Report of the Hyderabad Chloroform Commission
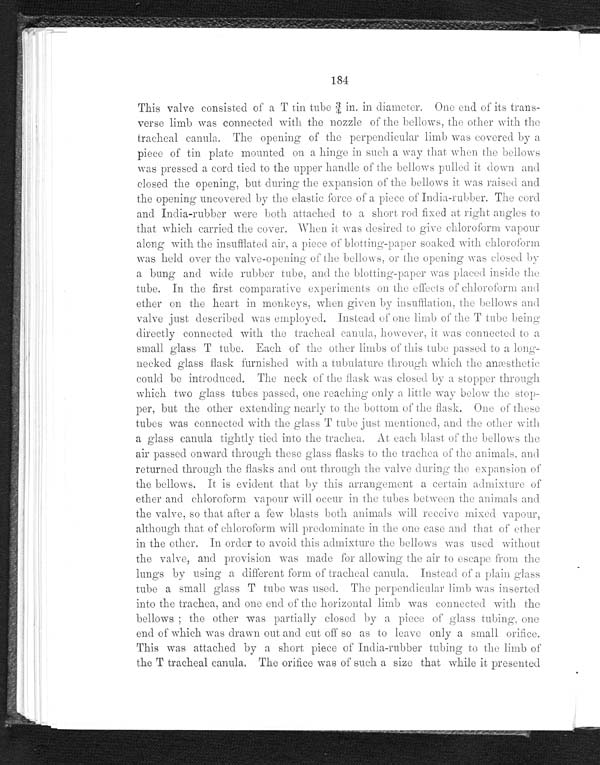
184
This valve consisted of a T tin tube ¾ in. in diameter. One end of its trans-
verse limb was connected with the nozzle of the bellows, the other with the
tracheal canula. The opening of the perpendicular limb was covered by a
piece of tin plate mounted on a hinge in such a way that when the bellows
was pressed a cord tied to the upper handle of the bellows pulled it down and
closed the opening, but during the expansion of the bellows it was raised and
the opening uncovered by the elastic force of a piece of India-rubber. The cord
and India-rubber were both attached to a short rod fixed at right angles to
that which carried the cover. When it was desired to give chloroform vapour
along with the insufflated air, a piece of blotting-paper soaked with chloroform
was held over the valve-opening of the bellows, or the opening was closed by
a bung and wide rubber tube, and the blotting-paper was placed inside the
tube. In the first comparative experiments on the effects of chloroform and
ether on the heart in monkeys, when given by insufflation, the bellows and
valve just described was employed. Instead of one limb of the T tube being
directly connected with the tracheal canula, however, it was connected to a
small glass T tube. Each of the other limbs of this tube passed to a long-
necked glass flask furnished with a tubulature through which the an æ sthetic
could be introduced. The neck of the flask was closed by a stopper through
which two glass tubes passed, one reaching only a little way below the stop-
per, but the other extending nearly to the bottom of the flask. One of these
tubes was connected with the glass T tube just mentioned, and the other with
a glass canula tightly tied into the trachea. At each blast of the bellows the
air passed onward through these glass flasks to the trachea of the animals, and
returned through the flasks and out through the valve during the expansion of
the bellows. It is evident that by this arrangement a certain admixture of
ether and chloroform vapour will occur in the tubes between the animals and
the valve, so that after a few blasts both animals will receive mixed vapour,
although that of chloroform will predominate in the one case and that of ether
in the other. In order to avoid this admixture the bellows was used without,
the valve, and provision was made for allowing the air to escape from the
lungs by using a different form of tracheal canula. Instead of a plain glass
tube a small glass T tube was used. The perpendicular limb was inserted
into the trachea, and one end of the horizontal limb was connected with the
bellows the other was partially closed by a piece of glass tubing, one
end of which was drawn out and cut off so as to leave only a small orifice.
This was attached by a short piece of India-rubber tubing to the limb of
the T tracheal canula. The orifice was of such a size that while it presented